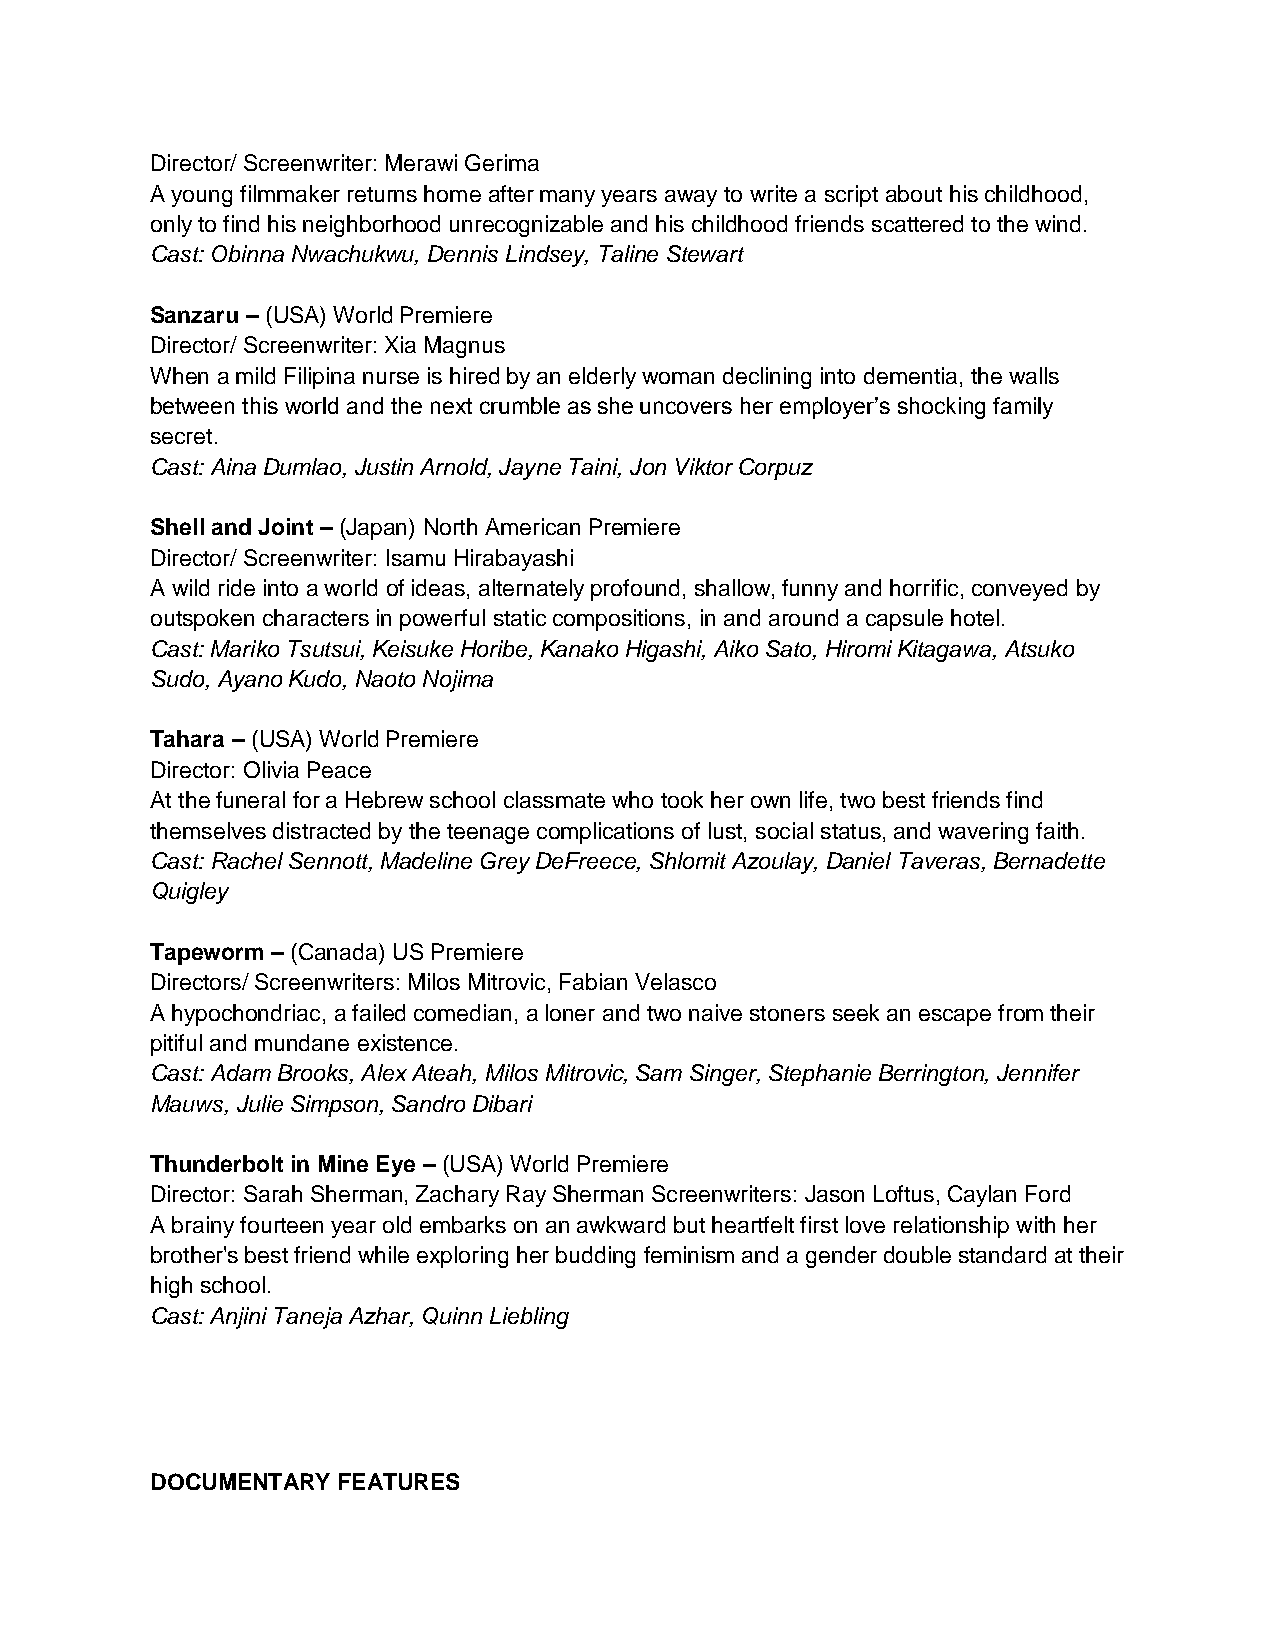
Director/ Screenwriter: Merawi Gerima
 A young filmmaker returns home after many years away to write a script about his childhood,
 only to find his neighborhood unrecognizable and his childhood friends scattered to the wind.
 Cast: Obinna Nwachukwu, Dennis Lindsey, Taline Stewart
 Sanzaru – (USA) World Premiere
 Director/ Screenwriter: Xia Magnus
 When a mild Filipina nurse is hired by an elderly woman declining into dementia, the walls
 between this world and the next crumble as she uncovers her employer’s shocking family
 secret.
 Cast: Aina Dumlao, Justin Arnold, Jayne Taini, Jon Viktor Corpuz
 Shell and Joint – (Japan) North American Premiere
 Director/ Screenwriter: Isamu Hirabayashi
 A wild ride into a world of ideas, alternately profound, shallow, funny and horrific, conveyed by
 outspoken characters in powerful static compositions, in and around a capsule hotel.
 Cast: Mariko Tsutsui, Keisuke Horibe, Kanako Higashi, Aiko Sato, Hiromi Kitagawa, Atsuko
 Sudo, Ayano Kudo, Naoto Nojima
 Tahara – (USA) World Premiere
 Director: Olivia Peace
 At the funeral for a Hebrew school classmate who took her own life, two best friends find
 themselves distracted by the teenage complications of lust, social status, and wavering faith.
 Cast: Rachel Sennott, Madeline Grey DeFreece, Shlomit Azoulay, Daniel Taveras, Bernadette
 Quigley
 Tapeworm – (Canada) US Premiere
 Directors/ Screenwriters: Milos Mitrovic, Fabian Velasco
 A hypochondriac, a failed comedian, a loner and two naive stoners seek an escape from their
 pitiful and mundane existence.
 Cast: Adam Brooks, Alex Ateah, Milos Mitrovic, Sam Singer, Stephanie Berrington, Jennifer
 Mauws, Julie Simpson, Sandro Dibari
 Thunderbolt in Mine Eye – (USA) World Premiere
 Director: Sarah Sherman, Zachary Ray Sherman Screenwriters: Jason Loftus, Caylan Ford
 A brainy fourteen year old embarks on an awkward but heartfelt first love relationship with her
 brother's best friend while exploring her budding feminism and a gender double standard at their
 high school.
 Cast: Anjini Taneja Azhar, Quinn Liebling
 DOCUMENTARY FEATURES